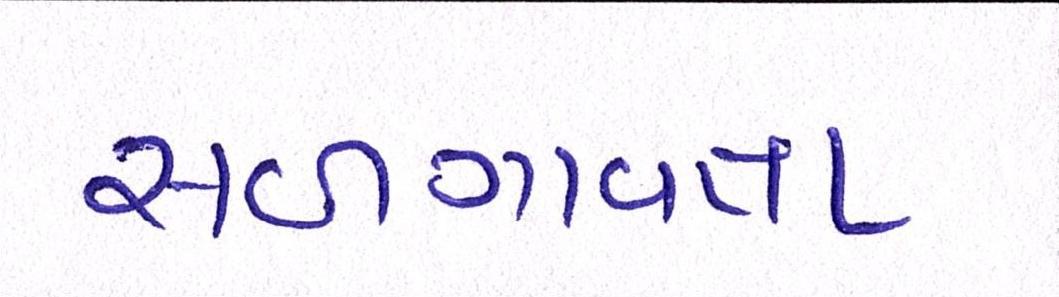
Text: સળગાવતા